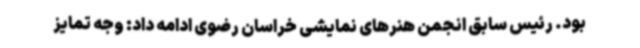
بود. رئیس سابق انجمن هنرهای نمایشی خراسان رضوی ادامه داد: وجه تمایز